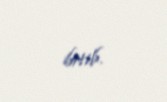
bitib.